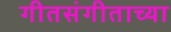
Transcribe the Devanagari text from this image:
गीतसंगीताच्या